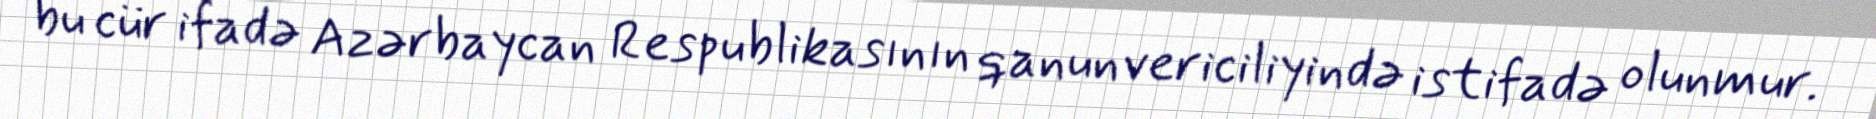
bu cür ifadə Azərbaycan Respublikasının qanunvericiliyində istifadə olunmur.